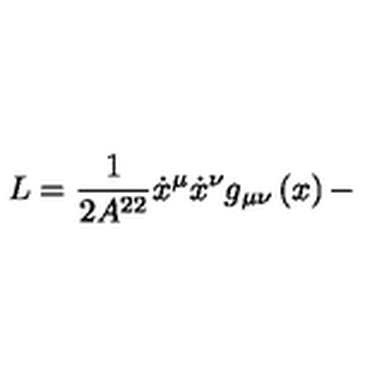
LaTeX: L = \frac { 1 } { 2 A ^ { 2 2 } } \dot { x } ^ { \mu } \dot { x } ^ { \nu } g _ { \mu \nu } \left( x \right) -